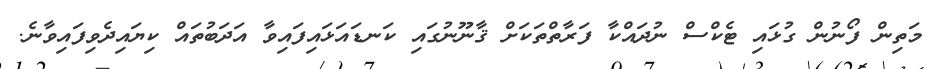
މަތިން ފޯނުން ގުޅައި ޓެކްސް ނުދައްކާ ފަރާތްތަކަށް ޤާނޫނުގައި ކަނޑައަޅައިފައިވާ އަދަބުތައް ކިޔައިދެވިފައިވާނެ.